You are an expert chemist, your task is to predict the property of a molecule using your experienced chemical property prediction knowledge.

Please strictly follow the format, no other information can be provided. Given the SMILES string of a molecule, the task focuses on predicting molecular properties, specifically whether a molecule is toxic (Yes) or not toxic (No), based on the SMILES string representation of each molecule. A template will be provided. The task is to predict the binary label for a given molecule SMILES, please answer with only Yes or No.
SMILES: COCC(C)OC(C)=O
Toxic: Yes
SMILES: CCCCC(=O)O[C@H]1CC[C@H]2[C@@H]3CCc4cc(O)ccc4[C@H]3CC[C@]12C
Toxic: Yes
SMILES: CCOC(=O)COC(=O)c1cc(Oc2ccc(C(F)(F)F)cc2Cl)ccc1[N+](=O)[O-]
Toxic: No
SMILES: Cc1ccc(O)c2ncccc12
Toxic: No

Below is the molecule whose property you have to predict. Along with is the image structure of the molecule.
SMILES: O=S1(=O)OCC2C(CO1)C1(Cl)C(Cl)=C(Cl)C2(Cl)C1(Cl)Cl
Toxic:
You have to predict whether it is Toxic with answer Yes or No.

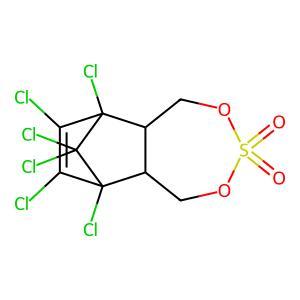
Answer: No